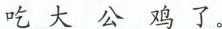
吃大公鸡了。